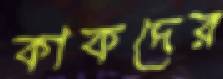
কাকদের